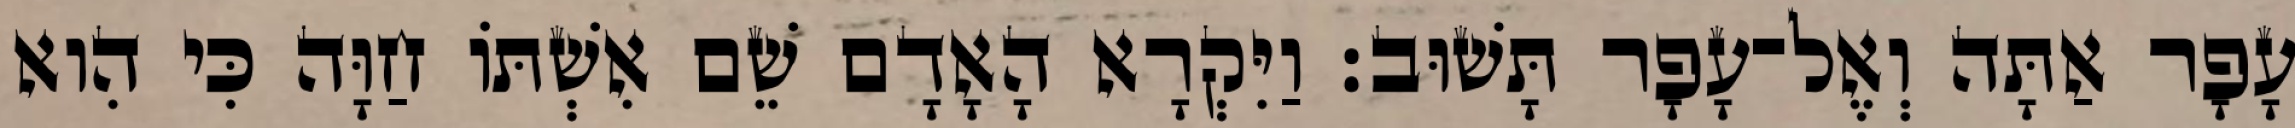
עָפָר אַתָּה וְאֶל־עָפָר תָּשׁוּב׃ וַיִּקְרָא הָאָדָם שֵׁם אִשְׁתֹּו חַוָּה כִּי הִוא